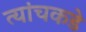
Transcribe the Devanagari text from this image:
त्यांचकडे